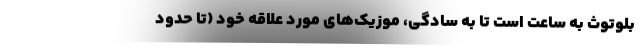
بلوتوث به ساعت است تا به سادگی، موزیک‌های مورد علاقه خود (تا حدود